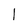
Character: l